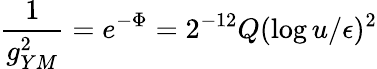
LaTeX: {\frac{1}{g_{YM}^{2}}}=e^{-\Phi}=2^{-12}Q(\log{u/\epsilon})^{2}